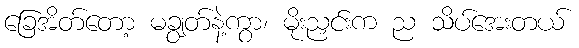
ခြေအိတ်တော့ မချွတ်နဲ့ကွာ၊ မိုးညှင်းက ည သိပ်အေးတယ်